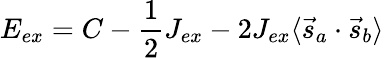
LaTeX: E_{ex}=C-{\frac{1}{2}}J_{ex}-2J_{ex}\langle{\vec{s}}_{a}\cdot{\vec{s}}_{b}\rangle